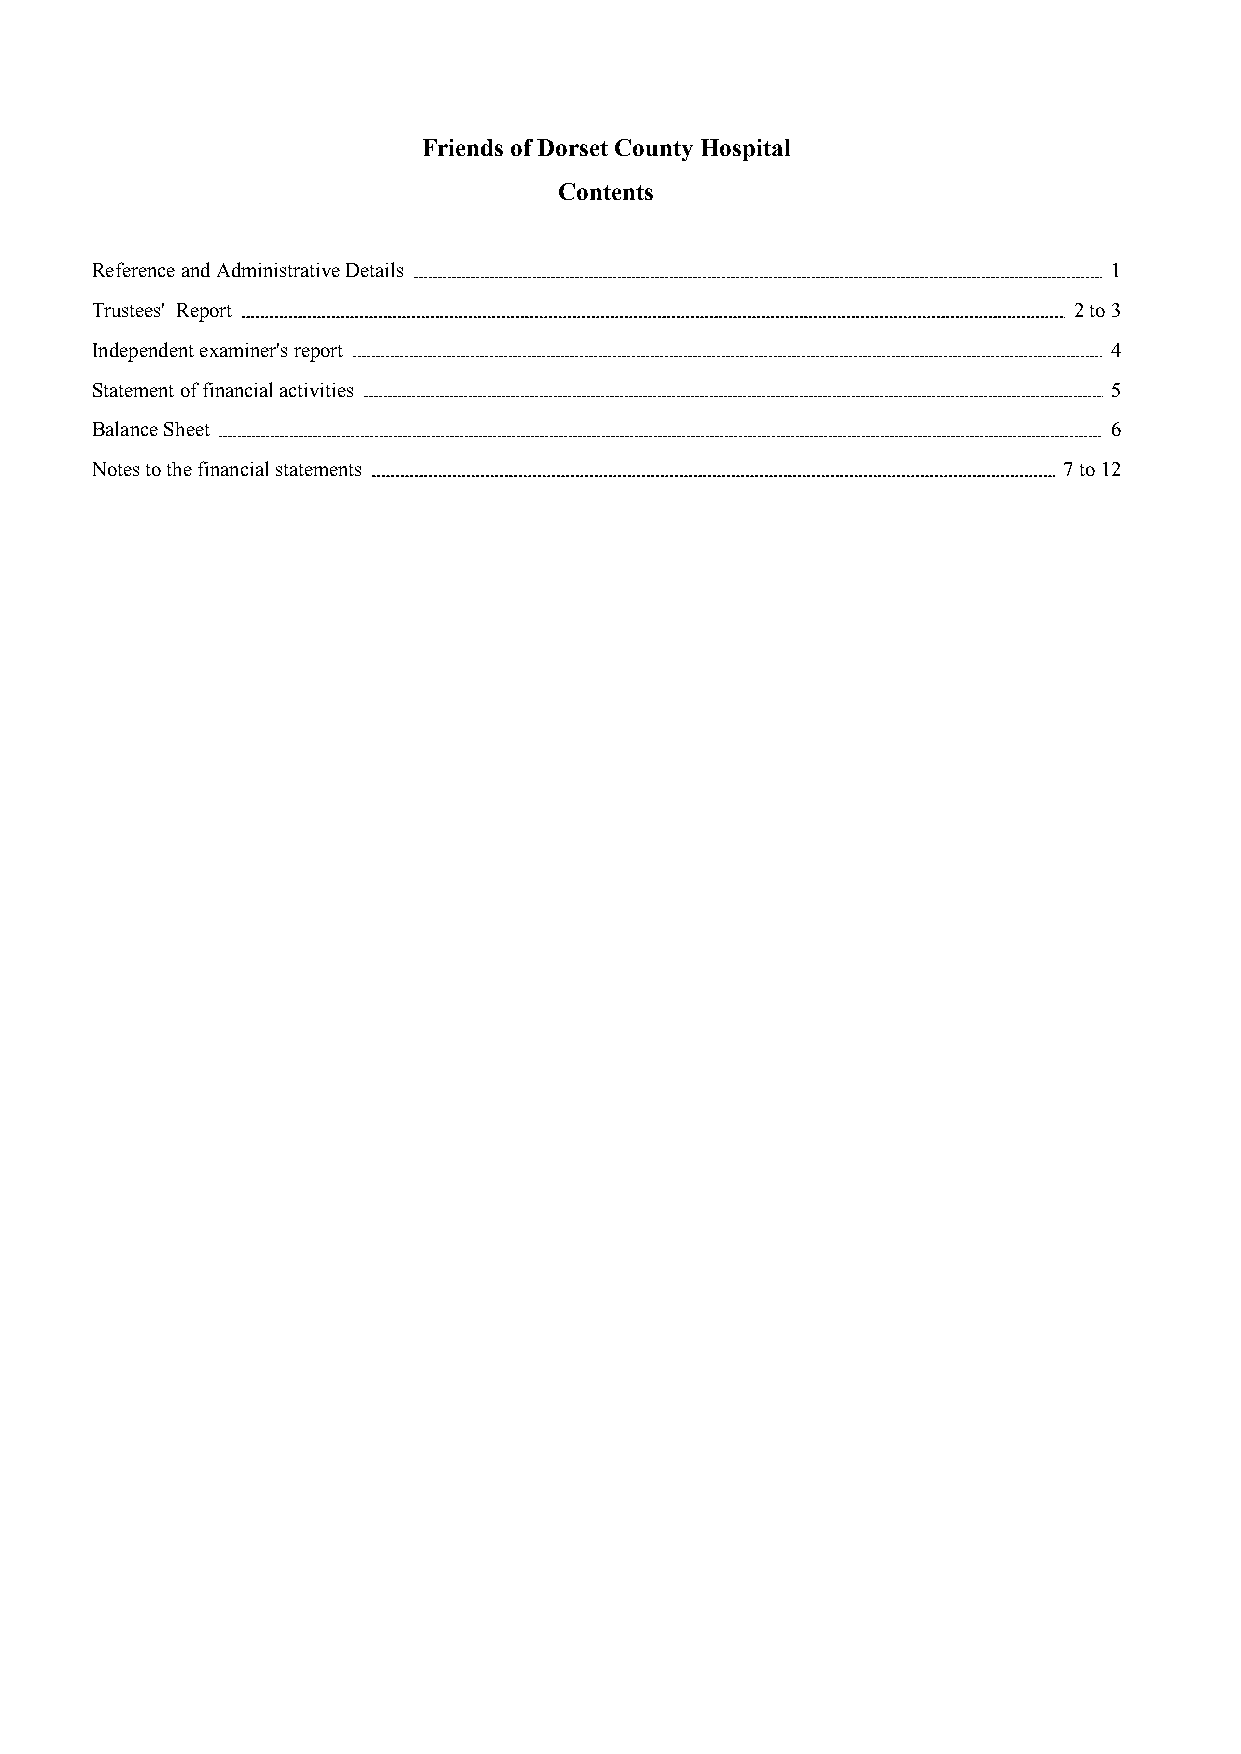
Friends of Dorset County Hospital
 Contents
 Reference and Administrative Details                               1
 Trustees' Report                                                 2to3
 Independent examiner's report                                      4
 Statement of financial activities                                  5
 Balance Sheet                                                      6
 Notes to the financial statements                               7to12